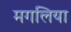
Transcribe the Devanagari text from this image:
मगलिया